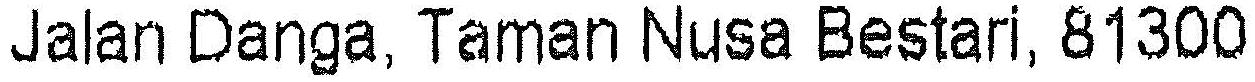
JALAN DANGA, TAMAN NUSA BESTARI, 81300